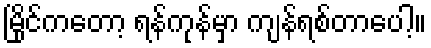
မြိုင်ကတော့ ရန်ကုန်မှာ ကျန်ရစ်တာပေါ့။